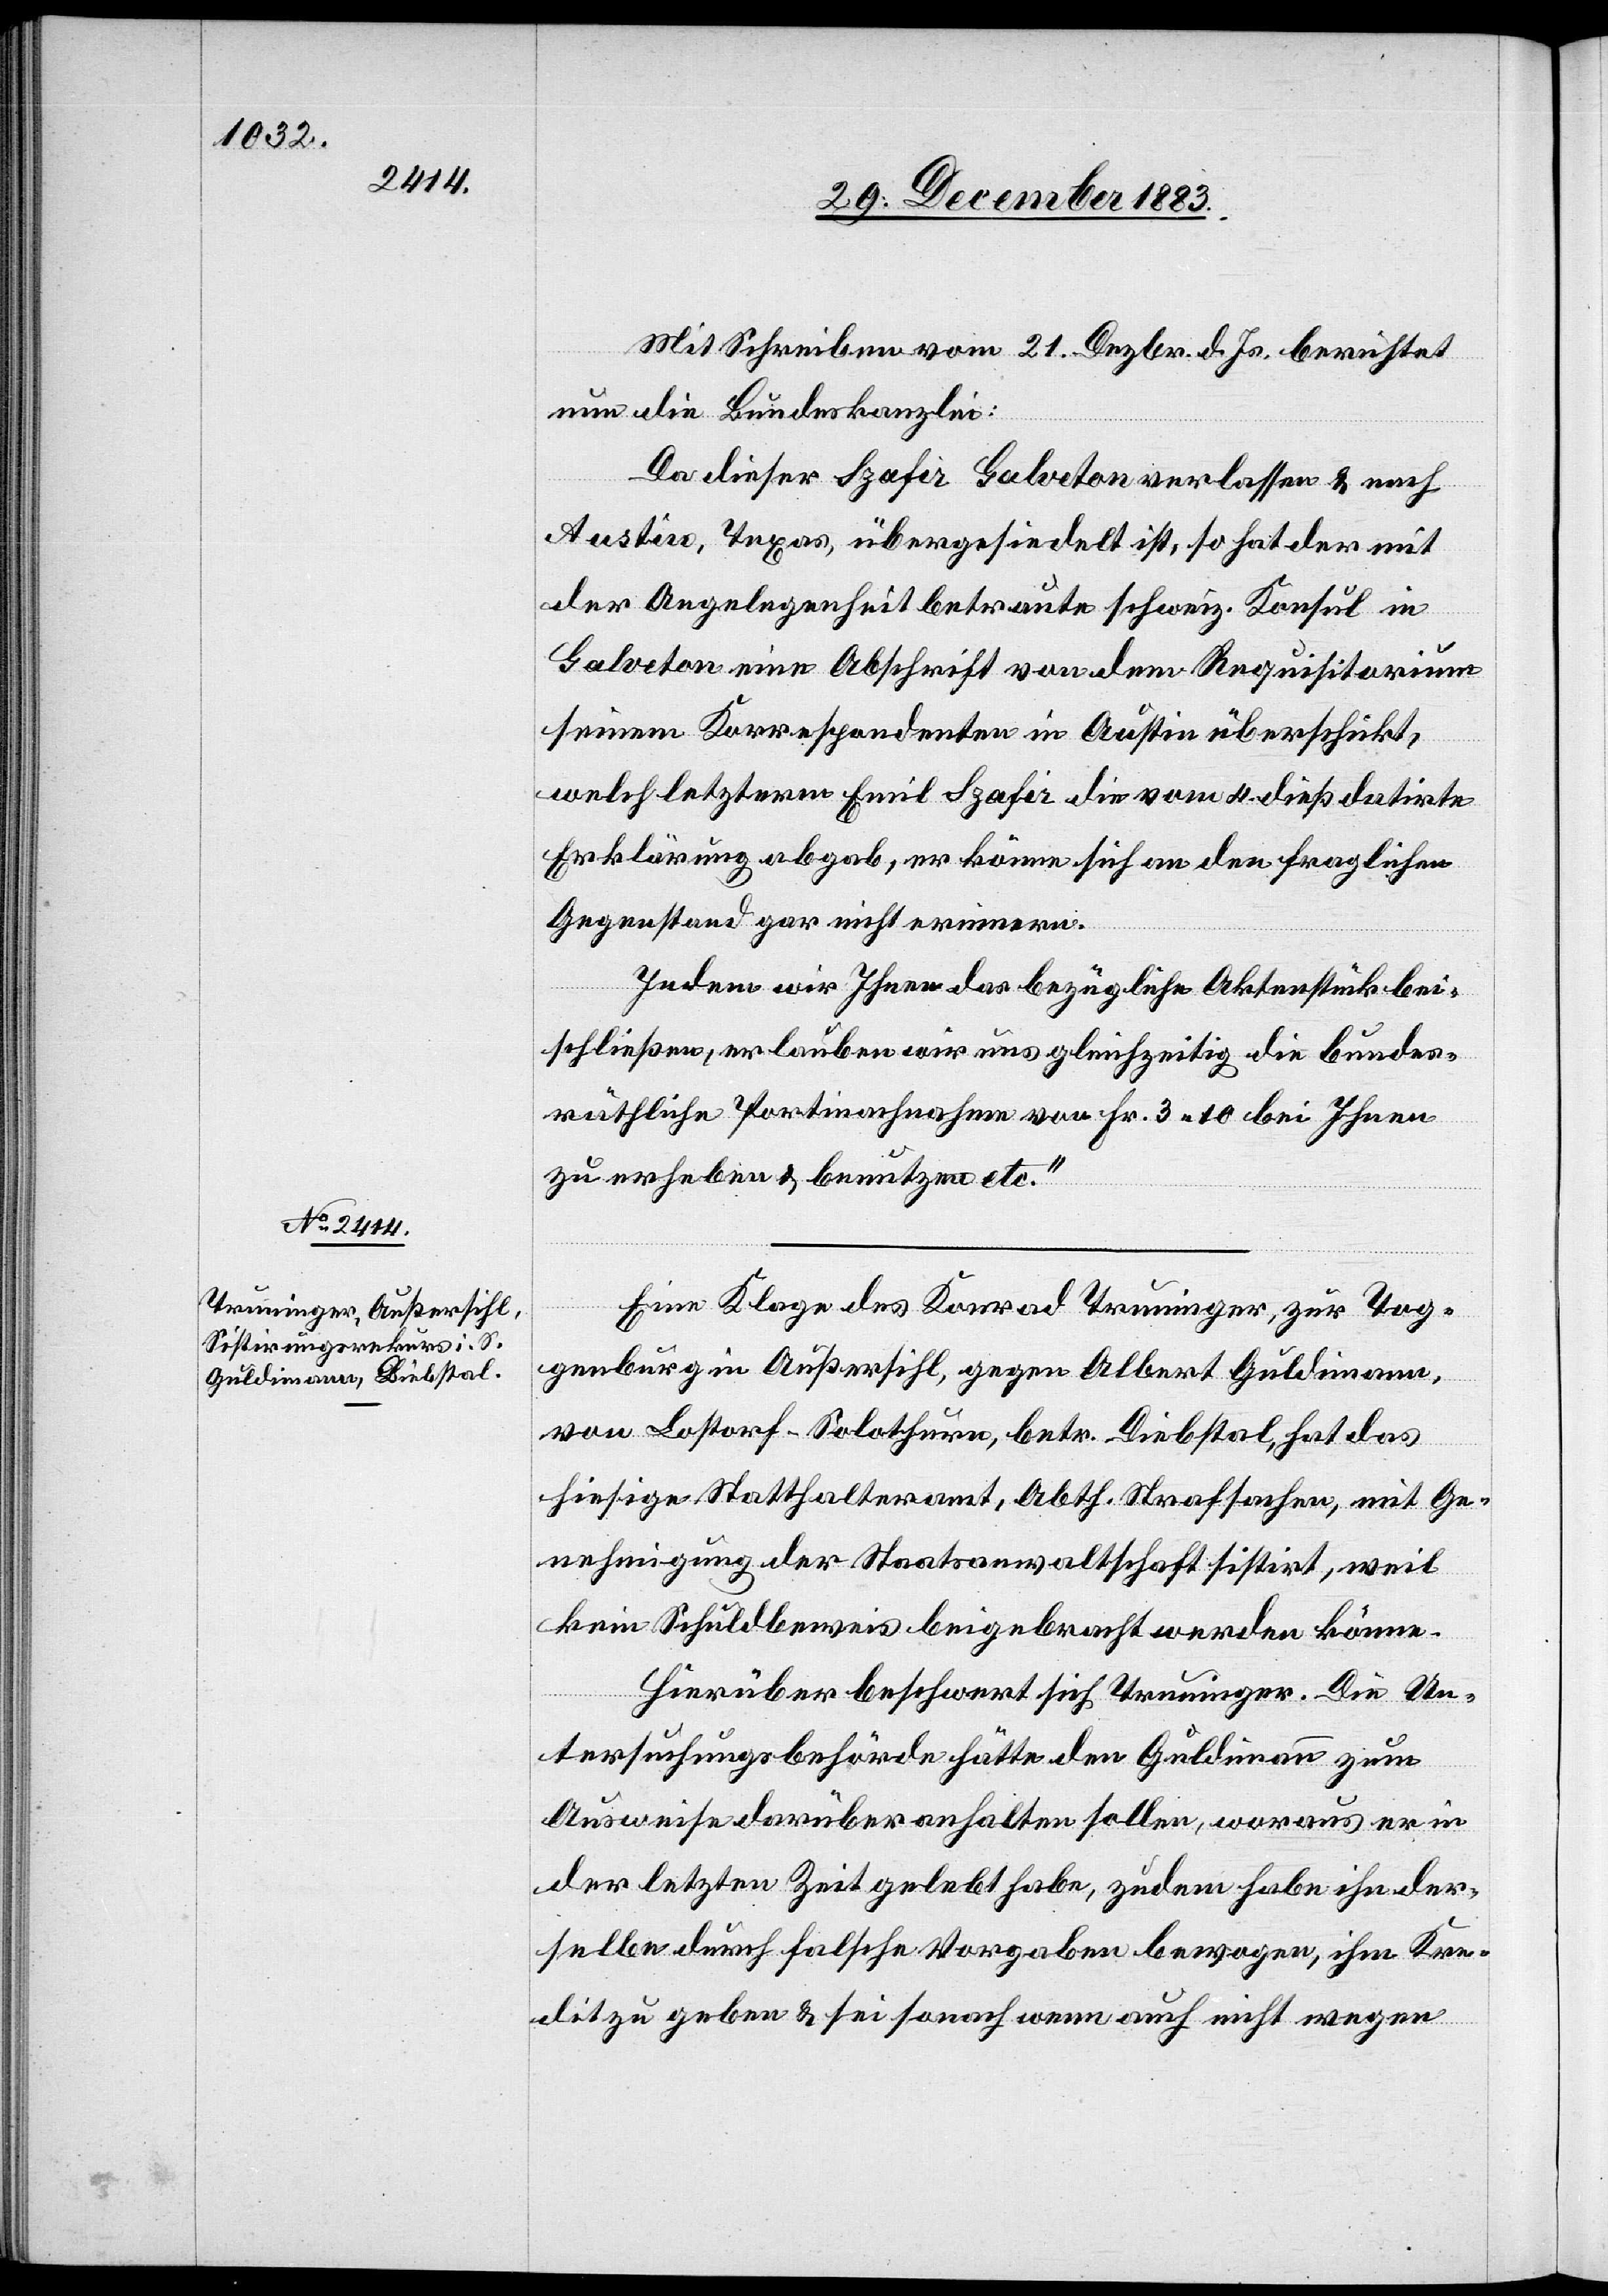
Mit Schreiben vom 21. Dezbr. d. Js. berichtet
nun die Bundeskanzlei:
Da dieser Szafir Galve[s]ton verlassen & nach
Austin, Texas, übergesiedelt ist, so hat der mit
der Angelegenheit betraute schweiz. Konsul in
Galve[s]ton eine Abschrift von dem Requisitorium
seinem Korrespondenten in Austin überschickt,
welch letzterm Emil Szafir die vom 4. dieß datirte
Erklärung abgab, er könne sich an den fraglichen
Gegenstand gar nicht erinnern.
Indem wir Ihnen das bezügliche Aktenstück bei¬
schließen, erlauben wir uns gleichzeitig die bundes¬
räthliche Portinachnahme von Fr. 3 10 bei Ihnen
zu erheben & benutzen etc.“
Eine Klage des Konrad Truninger, zur Tog¬
genburg in Außersihl, gegen Albert Guldimann
von Lostorf - Solothurn, betr. Diebstal, hat das
hiesige Statthalteramt, Abth. Strafsachen, mit Ge¬
nehmigung der Staatsanwaltschaft sistirt, weil
kein Schuldbeweis beigebracht werden könne.
Hierüber beschwert sich Truninger. Die Un¬
tersuchungsbehörde hätte den Guldimann zum
Ausweise darüber anhalten sollen, woraus er in
der letzten Zeit gelebt habe, zudem habe ihn der¬
selbe durch falsche Vorgaben bewogen, ihm Kre¬
dit zu geben & sei sonach wenn auch nicht wegen